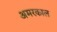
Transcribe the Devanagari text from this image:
अमरकाल